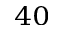
^ { 4 0 }